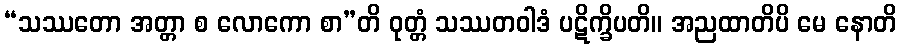
“သဿတော အတ္တာ စ လောကော စာ”တိ ဝုတ္တံ သဿတဝါဒံ ပဋိက္ခိပတိ။ အညထာတိပိ မေ နောတိ